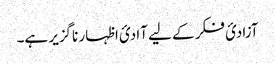
آزادیٔ فکر کے لیے آادیٔ اظہار ناگزیر ہے۔